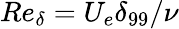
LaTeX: Re_{\delta}=U_{e}\delta_{99}/\nu